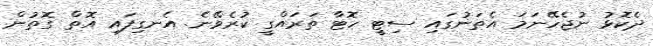
ދެކޮޅު ނުޖެހޭނަމަ އެތަނުގައި ސިޓީ ހޮޓާ ތަރައްގީ ކުރެވޭނެ. އެނގިފައި އޮތް ގޮތުން